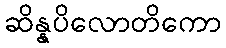
ဆိန္နပိလောတိကော